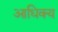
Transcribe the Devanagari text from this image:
आधिक्‍य